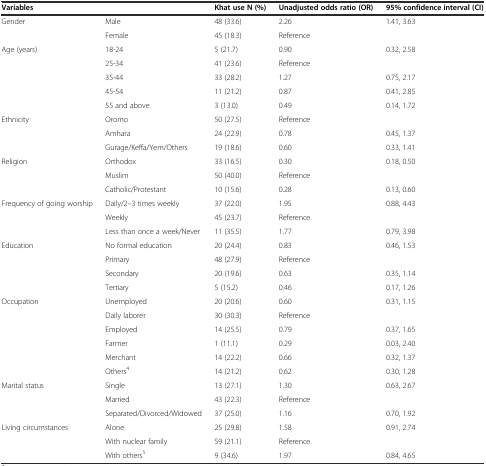
<table><thead><tr><td colspan="2"><b>Variables</b></td><td><b>Khat use N (%)</b></td><td><b>Unadjusted odds ratio (OR)</b></td><td><b>95% confidence interval (CI)</b></td></tr></thead><tbody><tr><td rowspan="2">Gender</td><td>Male</td><td>48 (33.6)</td><td>2.26</td><td>1.41, 3.63</td></tr><tr><td>Female</td><td>45 (18.3)</td><td>Reference</td><td></td></tr><tr><td rowspan="5">Age (years)</td><td>18-24</td><td>5 (21.7)</td><td>0.90</td><td>0.32, 2.58</td></tr><tr><td>25-34</td><td>41 (23.6)</td><td>Reference</td><td></td></tr><tr><td>35-44</td><td>33 (28.2)</td><td>1.27</td><td>0.75, 2.17</td></tr><tr><td>45-54</td><td>11 (21.2)</td><td>0.87</td><td>0.41, 2.85</td></tr><tr><td>55 and above</td><td>3 (13.0)</td><td>0.49</td><td>0.14, 1.72</td></tr><tr><td rowspan="3">Ethnicity</td><td>Oromo</td><td>50 (27.5)</td><td>Reference</td><td></td></tr><tr><td>Amhara</td><td>24 (22.9)</td><td>0.78</td><td>0.45, 1.37</td></tr><tr><td>Gurage/Keffa/Yem/Others</td><td>19 (18.6)</td><td>0.60</td><td>0.33, 1.41</td></tr><tr><td rowspan="3">Religion</td><td>Orthodox</td><td>33 (16.5)</td><td>0.30</td><td>0.18, 0.50</td></tr><tr><td>Muslim</td><td>50 (40.0)</td><td>Reference</td><td></td></tr><tr><td>Catholic/Protestant</td><td>10 (15.6)</td><td>0.28</td><td>0.13, 0.60</td></tr><tr><td rowspan="3">Frequency of going worship</td><td>Daily/2–3 times weekly</td><td>37 (22.0)</td><td>1.95</td><td>0.88, 4.43</td></tr><tr><td>Weekly</td><td>45 (23.7)</td><td>Reference</td><td></td></tr><tr><td>Less than once a week/Never</td><td>11 (35.5)</td><td>1.77</td><td>0.79, 3.98</td></tr><tr><td rowspan="4">Education</td><td>No formal education</td><td>20 (24.4)</td><td>0.83</td><td>0.46, 1.53</td></tr><tr><td>Primary</td><td>48 (27.9)</td><td>Reference</td><td></td></tr><tr><td>Secondary</td><td>20 (19.6)</td><td>0.63</td><td>0.35, 1.14</td></tr><tr><td>Tertiary</td><td>5 (15.2)</td><td>0.46</td><td>0.17, 1.26</td></tr><tr><td rowspan="6">Occupation</td><td>Unemployed</td><td>20 (20.6)</td><td>0.60</td><td>0.31, 1.15</td></tr><tr><td>Daily laborer</td><td>30 (30.3)</td><td>Reference</td><td></td></tr><tr><td>Employed</td><td>14 (25.5)</td><td>0.79</td><td>0.37, 1.65</td></tr><tr><td>Farmer</td><td>1 (11.1)</td><td>0.29</td><td>0.03, 2.40</td></tr><tr><td>Merchant</td><td>14 (22.2)</td><td>0.66</td><td>0.32, 1.37</td></tr><tr><td>Others<sup>4</sup></td><td>14 (21.2)</td><td>0.62</td><td>0.30, 1.28</td></tr><tr><td rowspan="3">Marital status</td><td>Single</td><td>13 (27.1)</td><td>1.30</td><td>0.63, 2.67</td></tr><tr><td>Married</td><td>43 (22.3)</td><td>Reference</td><td></td></tr><tr><td>Separated/Divorced/Widowed</td><td>37 (25.0)</td><td>1.16</td><td>0.70, 1.92</td></tr><tr><td rowspan="3">Living circumstances</td><td>Alone</td><td>25 (29.8)</td><td>1.58</td><td>0.91, 2.74</td></tr><tr><td>With nuclear family</td><td>59 (21.1)</td><td>Reference</td><td></td></tr><tr><td>With others<sup>5</sup></td><td>9 (34.6)</td><td>1.97</td><td>0.84, 4.65</td></tr></tbody></table>